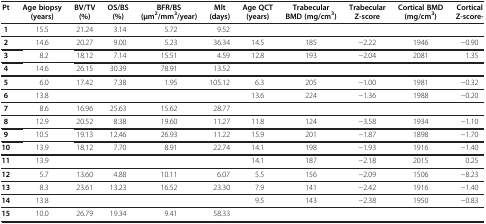
<table><thead><tr><td><b>Pt</b></td><td><b>Age biopsy (years)</b></td><td><b>BV/TV (%)</b></td><td><b>OS/BS (%)</b></td><td><b>BFR/BS (μm<sup>2</sup>/mm<sup>3</sup>/year)</b></td><td><b>Mlt (days)</b></td><td><b>Age QCT (years)</b></td><td><b>Trabecular BMD (mg/cm<sup>3</sup>)</b></td><td><b>Trabecular Z-score</b></td><td><b>Cortical BMD (mg/cm<sup>3</sup>)</b></td><td><b>Cortical Z-score-</b></td></tr></thead><tbody><tr><td><b>1</b></td><td>15.5</td><td>21.24</td><td>3.14</td><td>5.72</td><td>9.52</td><td> </td><td> </td><td> </td><td> </td><td> </td></tr><tr><td><b>2</b></td><td>14.6</td><td>20.27</td><td>9.00</td><td>5.23</td><td>36.34</td><td>14.5</td><td>185</td><td>−2.22</td><td>1946</td><td>−0.90</td></tr><tr><td><b>3</b></td><td>8.2</td><td>18.12</td><td>7.14</td><td>15.51</td><td>4.59</td><td>12.8</td><td>193</td><td>−2.04</td><td>2081</td><td>1.35</td></tr><tr><td><b>4</b></td><td>14.6</td><td>26.15</td><td>30.39</td><td>78.91</td><td>13.52</td><td> </td><td> </td><td> </td><td> </td><td> </td></tr><tr><td><b>5</b></td><td>6.0</td><td>17.42</td><td>7.38</td><td>1.95</td><td>105.12</td><td>6.3</td><td>205</td><td>−1.00</td><td>1981</td><td>−0.32</td></tr><tr><td><b>6</b></td><td>13.8</td><td> </td><td> </td><td> </td><td> </td><td>13.6</td><td>224</td><td>−1.36</td><td>1988</td><td>−0.20</td></tr><tr><td><b>7</b></td><td>8.6</td><td>16.96</td><td>25.63</td><td>15.62</td><td>28.77</td><td> </td><td> </td><td> </td><td> </td><td> </td></tr><tr><td><b>8</b></td><td>12.9</td><td>20.52</td><td>8.38</td><td>19.60</td><td>11.27</td><td>11.8</td><td>124</td><td>−3.58</td><td>1934</td><td>−1.10</td></tr><tr><td><b>9</b></td><td>10.5</td><td>19.13</td><td>12.46</td><td>26.93</td><td>11.22</td><td>15.9</td><td>201</td><td>−1.87</td><td>1898</td><td>−1.70</td></tr><tr><td><b>10</b></td><td>13.9</td><td>18.12</td><td>7.70</td><td>8.91</td><td>22.74</td><td>14.1</td><td>198</td><td>−1.93</td><td>1916</td><td>−1.40</td></tr><tr><td><b>11</b></td><td>13.9</td><td> </td><td> </td><td> </td><td> </td><td>14.1</td><td>187</td><td>−2.18</td><td>2015</td><td>0.25</td></tr><tr><td><b>12</b></td><td>5.7</td><td>13.60</td><td>4.88</td><td>10.11</td><td>6.07</td><td>5.5</td><td>156</td><td>−2.09</td><td>1506</td><td>−8.23</td></tr><tr><td><b>13</b></td><td>8.3</td><td>23.61</td><td>13.23</td><td>16.52</td><td>23.30</td><td>7.9</td><td>141</td><td>−2.42</td><td>1916</td><td>−1.40</td></tr><tr><td><b>14</b></td><td>13.8</td><td> </td><td> </td><td> </td><td> </td><td>9.5</td><td>143</td><td>−2.38</td><td>1950</td><td>−0.83</td></tr><tr><td><b>15</b></td><td>10.0</td><td>26.79</td><td>19.34</td><td>9.41</td><td>58.33</td><td> </td><td> </td><td> </td><td> </td><td> </td></tr></tbody></table>